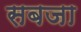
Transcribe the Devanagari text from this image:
सबजा